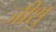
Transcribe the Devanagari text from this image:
जीशु